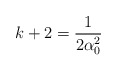
\begin{align*}k+2 = \frac{1}{2 \alpha_0^2 } \end{align*}